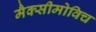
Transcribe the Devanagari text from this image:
मैक्सीमोविच